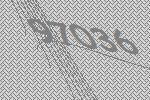
97036